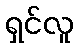
ရှင်လူ